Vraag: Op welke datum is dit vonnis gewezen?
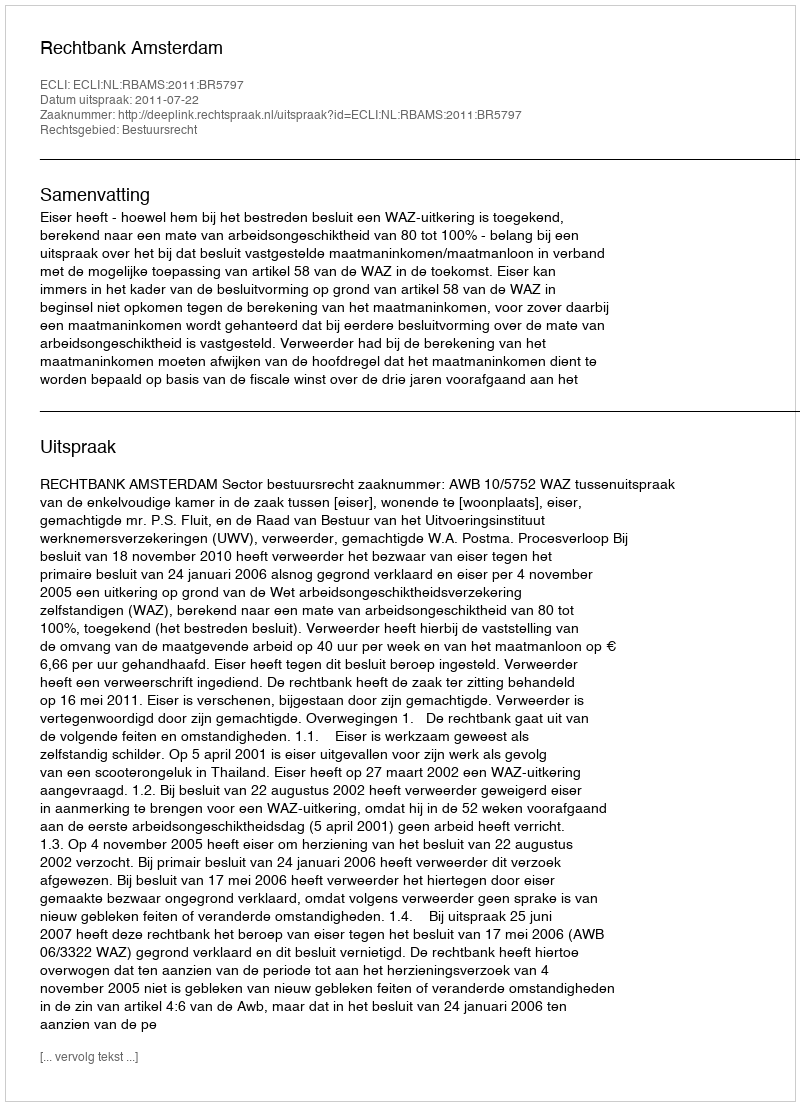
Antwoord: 2011-07-22